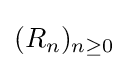
(R_{n})_{n\geq 0}